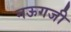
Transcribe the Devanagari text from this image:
नऊगजी